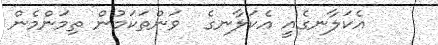
އެކަލާނގެއީ އެކަލާނގެ  ވަންތަކަމުން ތިމަންމެން